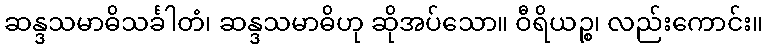
ဆန္ဒသမာဓိသင်္ခါတံ၊ ဆန္ဒသမာဓိဟု ဆိုအပ်သော။ ဝီရိယဉ္စ၊ လည်းကောင်း။